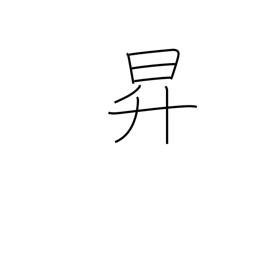
Meaning: rise up